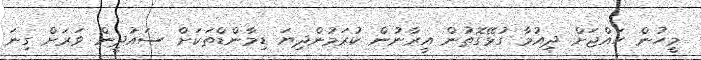
މީހުން ހައްޖަށް ދިއުމާ ގުޅޭގޮތުން އީރާނުން ކުރަމުންދިޔަ ޑިމާންޑްތަކަށް ސައުދީން ވަރަށް ގިނަ